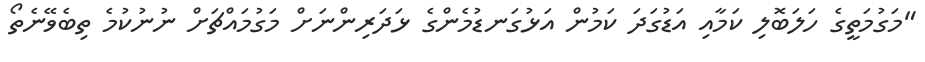
"މަގުމަތީގެ ހަލަބޮލި ކަމާއި އަޑުގަދަ ކަމުން އަޅުގަނޑުމެންގެ ޅަދަރިންނަށް މަގުމައްޗަށް ނުނުކުމެ ތިބެވޭނެތޯ